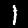
Label: 1